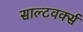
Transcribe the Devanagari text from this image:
साल्टवर्क्स